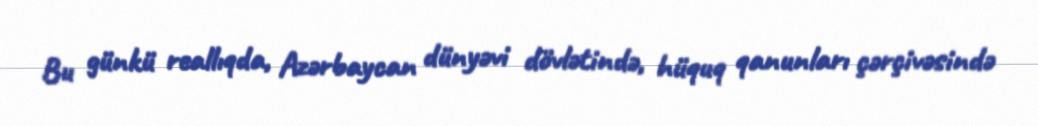
Bu günkü reallıqda, Azərbaycan dünyəvi dövlətində, hüquq qanunları çərçivəsində